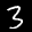
Label: 3